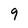
Character: 9